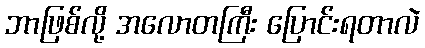
ဘာဖြစ်လို့ အလောတကြီး ပြောင်းရတာလဲ